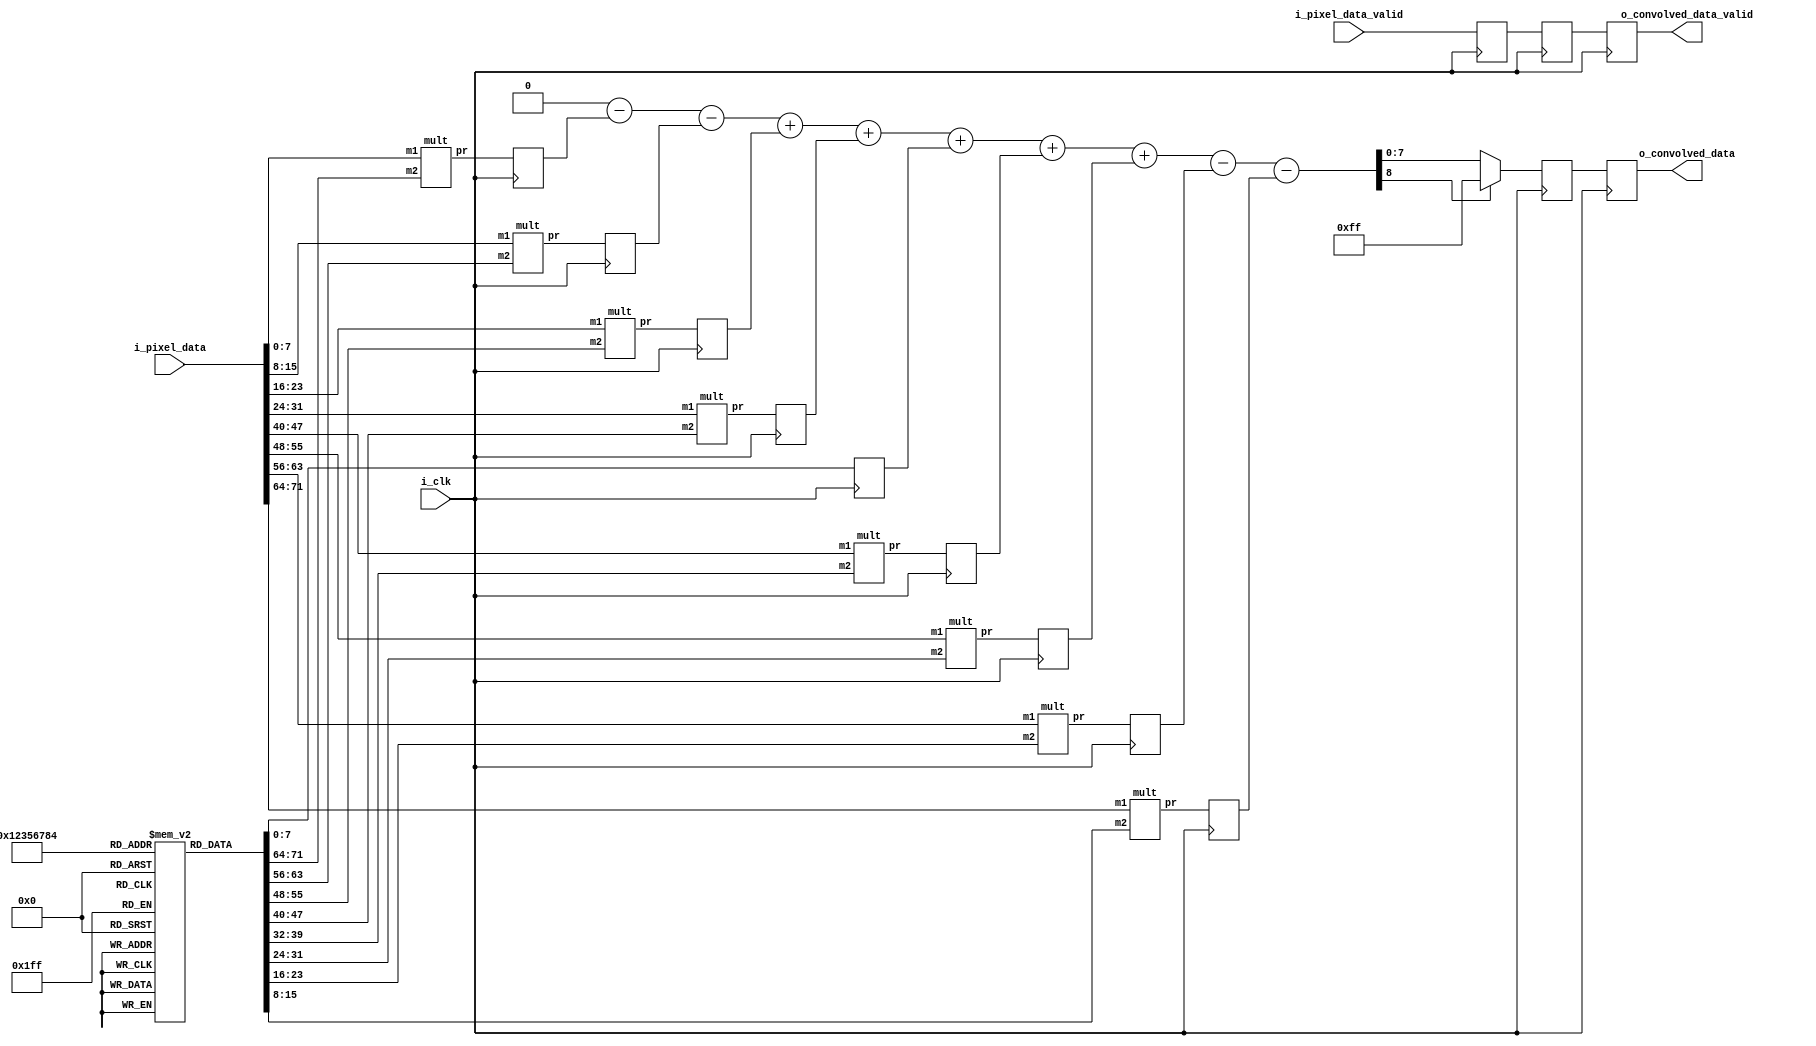
`timescale 1ns / 1ps
//////////////////////////////////////////////////////////////////////////////////
// Company: 
// Engineer: 
// 
// Design Name: 
// Module Name: conv
// Project Name: 
// Target Devices: 
// Tool Versions: 
// Description: 
// 
// Dependencies: 
// 
// Revision:
// Revision 0.01 - File Created
// Additional Comments:
// 
//////////////////////////////////////////////////////////////////////////////////


module conv(
input        i_clk,
input [71:0] i_pixel_data,
input        i_pixel_data_valid,
output reg [7:0] o_convolved_data,
output reg   o_convolved_data_valid
    );
    
integer i; 
reg [7:0] kernel [8:0];
reg [7:0] multData[8:0];
reg [8:0] sumDataInt;
reg [8:0] sumData;
reg multDataValid;
reg sumDataValid;
reg convolved_data_valid;
wire [7:0]p1,p2,p3,p4,p5,p6,p7,p8,p9;

initial
begin
    for(i=0;i<9;i=i+1)
    begin
       if (i==0)
       begin
        kernel[i] = 8'b11101000;
       end
       if (i==1)
       begin
        kernel[i] = 8'b00110100;
       end
       if (i==2)
       begin
        kernel[i] = 8'b10111010;
       end
       if (i==3)
       begin
        kernel[i] = 8'b01110001;
       end
       if (i==4)
       begin
        kernel[i] = 8'b00000000; //doesn't matter what value is stored because for all Gabor filter kernels, this is 1
       end
       if (i==5)
       begin
        kernel[i] = 8'b01110001;
       end
       if (i==6)
       begin
        kernel[i] = 8'b10111010;
       end
       if (i==7)
       begin
        kernel[i] = 8'b00110100;
       end
       if (i==8)
       begin
        kernel[i] = 8'b11101000;
       end
    end
end 


always @(posedge i_clk)
begin
    multData[4] <= kernel[4]; //instead of multipying with 1, the pixel value is directly stored
    multData[0] <= p1;
    multData[1] <= p2;
    multData[2] <= p3;
    multData[3] <= p4;
    multData[5] <= p6;
    multData[6] <= p7;
    multData[7] <= p8;
    multData[8] <= p9;
    multDataValid <= i_pixel_data_valid;
end

always @(*)
begin
    sumDataInt = 0;
    for(i=0;i<9;i=i+1)
    begin
    
       if(i==0 || i==1 || i==7 || i==8)
       begin
        sumDataInt = sumDataInt - multData[i];
       end
       else
       begin
       
        sumDataInt = sumDataInt + multData[i];
       end
    end
    if (sumDataInt[8]==1'b1)
    begin
      sumDataInt = 8'b11111111;
    end
end

always @(posedge i_clk)
begin
    sumData <= sumDataInt;
    sumDataValid <= multDataValid;
end
    
always @(posedge i_clk)
begin
    o_convolved_data <= sumData;
    o_convolved_data_valid <= sumDataValid;
end
mult obj1(.m1(i_pixel_data[0*8+:8]),.m2(kernel[0]),.pr(p1));
mult obj2(.m1(i_pixel_data[1*8+:8]),.m2(kernel[1]),.pr(p2));
mult obj3(.m1(i_pixel_data[2*8+:8]),.m2(kernel[2]),.pr(p3));
mult obj4(.m1(i_pixel_data[3*8+:8]),.m2(kernel[3]),.pr(p4));

mult obj6(.m1(i_pixel_data[5*8+:8]),.m2(kernel[5]),.pr(p6));
mult obj7(.m1(i_pixel_data[6*8+:8]),.m2(kernel[6]),.pr(p7));
mult obj8(.m1(i_pixel_data[7*8+:8]),.m2(kernel[7]),.pr(p8));
mult obj9(.m1(i_pixel_data[8*8+:8]),.m2(kernel[8]),.pr(p9));
    
endmodule
module mult(m1,m2,pr);

input [7:0] m1;
input [7:0] m2;
output [7:0]pr;
wire [15:0]p;    
wire [7:0]pp1,pp2,pp3,pp4,pp5,pp6,pp7,pp8,pp9;
wire s0,s1,s2,s3,s4,s5,s6,s7,s8,s9,s10,s11,s12,s13,s14,s15,s16,s17,s18,s19,s20,s21,s22,s23,s24,s25,s26,s27,s28,s29,s30,s31,s32,s33,s34,s35,s36,s37,s38,s39,s40,s41,s42;
wire p0,p1,p2,p3,p4,p5,p6,p7,p8,p9,p10,p11,p12,p13,p14,p15,p16,p17,p18,p19,p20,p21,p22,p23,p24,p25,p26,p27,p28,p29,p30,p31,p32,p33,p34,p35,p36,p37,p38,p39,p40,p41,p42;
wire g0,g1,g2,g3,g4,g5,g6,g7,g8,g9,g10,g11,g12,g13,g14,g15,g16,g17,g18,g19,g20,g21,g22,g23,g24,g25,g26,g27,g28,g29,g30,g31,g32,g33,g34,g35,g36,g37,g38,g39,g40,g41,g42;
wire c0,c1,c2,c3,c4,c5,c6,c7,c8,c9,c10,c11,c12,c13,c14,c15,c16,c17,c18,c19,c20,c21,c22,c23,c24,c25,c26,c27,c28,c29,c30,c31,c32,c33,c34,c35,c36,c37,c38,c39,c40,c41,c42,c43;
wire w0,w1,w2,w3,w4,w5,w6,w7,w8,w9,w10,w11,w12,w13;

assign pp1[0] = m1[0]&m2[0];
assign pp2[0] = m1[0]&m2[1];
assign pp3[0] = m1[0]&m2[2];
assign pp4[0] = m1[0]&m2[3];
assign pp5[0] = m1[0]&m2[4];
assign pp6[0] = m1[0]&m2[5];
assign pp7[0] = m1[0]&m2[6];
assign pp8[0] = m1[0]&m2[7];

assign pp1[1] = m1[1]&m2[0];
assign pp2[1] = m1[1]&m2[1];
assign pp3[1] = m1[1]&m2[2];
assign pp4[1] = m1[1]&m2[3];
assign pp5[1] = m1[1]&m2[4];
assign pp6[1] = m1[1]&m2[5];
assign pp7[1] = m1[1]&m2[6];
assign pp8[1] = m1[1]&m2[7];

assign pp1[2] = m1[2]&m2[0];
assign pp2[2] = m1[2]&m2[1];
assign pp3[2] = m1[2]&m2[2];
assign pp4[2] = m1[2]&m2[3];
assign pp5[2] = m1[2]&m2[4];
assign pp6[2] = m1[2]&m2[5];
assign pp7[2] = m1[2]&m2[6];
assign pp8[2] = m1[2]&m2[7];

assign pp1[3] = m1[3]&m2[0];
assign pp2[3] = m1[3]&m2[1];
assign pp3[3] = m1[3]&m2[2];
assign pp4[3] = m1[3]&m2[3];
assign pp5[3] = m1[3]&m2[4];
assign pp6[3] = m1[3]&m2[5];
assign pp7[3] = m1[3]&m2[6];
assign pp8[3] = m1[3]&m2[7];

assign pp1[4] = m1[4]&m2[0];
assign pp2[4] = m1[4]&m2[1];
assign pp3[4] = m1[4]&m2[2];
assign pp4[4] = m1[4]&m2[3];
assign pp5[4] = m1[4]&m2[4];
assign pp6[4] = m1[4]&m2[5];
assign pp7[4] = m1[4]&m2[6];
assign pp8[4] = m1[4]&m2[7];

assign pp1[5] = m1[5]&m2[0];
assign pp2[5] = m1[5]&m2[1];
assign pp3[5] = m1[5]&m2[2];
assign pp4[5] = m1[5]&m2[3];
assign pp5[5] = m1[5]&m2[4];
assign pp6[5] = m1[5]&m2[5];
assign pp7[5] = m1[5]&m2[6];
assign pp8[5] = m1[5]&m2[7];

assign pp1[6] = m1[6]&m2[0];
assign pp2[6] = m1[6]&m2[1];
assign pp3[6] = m1[6]&m2[2];
assign pp4[6] = m1[6]&m2[3];
assign pp5[6] = m1[6]&m2[4];
assign pp6[6] = m1[6]&m2[5];
assign pp7[6] = m1[6]&m2[6];
assign pp8[6] = m1[6]&m2[7];

assign pp1[7] = m1[7]&m2[0];
assign pp2[7] = m1[7]&m2[1];
assign pp3[7] = m1[7]&m2[2];
assign pp4[7] = m1[7]&m2[3];
assign pp5[7] = m1[7]&m2[4];
assign pp6[7] = m1[7]&m2[5];
assign pp7[7] = m1[7]&m2[6];
assign pp8[7] = m1[7]&m2[7];

assign p[0] = pp1[0];
half_adder h1(p[1],w1,pp1[1],pp2[0]);

//start of cla 1st row
assign p0 = pp1[2] ^ pp2[1];
assign g0 = pp1[2] & pp2[1];
assign s0 = p0 ^ w1;
assign c1 = g0|(p0&w1);

assign p1 = pp1[3] ^ pp2[2];
assign g1 = pp1[3] & pp2[2];
assign s1 = p1 ^ c1;
assign c2 = g1|(p1&c1);

assign p2 = pp1[4] ^ pp2[3];
assign g2 = pp1[4] & pp2[3];
assign s2 = p2 ^ c2;
assign c3 = g2|(p2&c2);

assign p3 = pp1[5] ^ pp2[4];
assign g3 = pp1[5] & pp2[4];
assign s3 = p3 ^ c3;
assign c4 = g3|(p3&c3);

assign p4 = pp1[6] ^ pp2[5];
assign g4 = pp1[6] & pp2[5];
assign s4 = p4 ^ c4;
assign c5 = g4|(p4&c4);

assign p5 = pp1[7] ^ pp2[6];
assign g5 = pp1[7] & pp2[6];
assign s5 = p5 ^ c5;
assign c6 = g5|(p5&c5);

assign p6 = pp2[7] ^ pp3[6];
assign g6 = pp2[7] & pp3[6];
assign s6 = p6 ^ c6;
assign c7 = g6|(p6&c6);

assign p7 = pp3[7] ^ pp4[6];
assign g7 = pp3[7] & pp4[6];
assign s7 = p7 ^ c7;
assign c8 = g7|(p7&c7);

assign p8 = pp4[7] ^ pp5[6];
assign g8 = pp4[7] & pp5[6];
assign s8 = p8 ^ c8;
assign c9 = g8|(p8&c8);

assign p9 = pp5[7] ^ pp6[6];
assign g9 = pp5[7] & pp6[6];
assign s9 = p9 ^ c9;
assign c10 = g9|(p9&c9);

assign p10 = pp6[7] ^ pp7[6];
assign g10 = pp6[7] & pp7[6];
assign s10 = p10 ^ c10;
assign c11 = g10|(p10&c10);

assign p11 = pp7[7] ^ pp8[6];
assign g11 = pp7[7] & pp8[6];
assign s11 = p11 ^ c11;
assign c12 = g11|(p11&c11);



//end of cla first row

half_adder h2(p[2],w2,s0,pp3[0]);

//start of cla second row
assign p13 = s1 ^ pp3[1];
assign g13 = s1 & pp3[1];
assign s13 = p13 ^ w2;
assign c14 = g13|(p13&w2);

assign p14 = s2 ^ pp3[2];
assign g14 = s2 & pp3[2];
assign s14 = p14 ^ c14;
assign c15 = g14|(p14&c14);

assign p15 = s3 ^ pp3[3];
assign g15 = s3 & pp3[3];
assign s15 = p15 ^ c15;
assign c16 = g15|(p15&c15);

assign p16 = s4 ^ pp3[4];
assign g16 = s4 & pp3[4];
assign s16 = p16 ^ c16;
assign c17 = g16|(p16&c16);

assign p17 = s5 ^ pp3[5];
assign g17 = s5 & pp3[5];
assign s17 = p17 ^ c17;
assign c18 = g17|(p17&c17);

assign p18 = s6 ^ pp4[5];
assign g18 = s6 & pp4[5];
assign s18 = p18 ^ c18;
assign c19 = g18|(p18&c18);

assign p19 = s7 ^ pp5[5];
assign g19 = s7 & pp5[5];
assign s19 = p19 ^ c19;
assign c20 = g19|(p19&c19);

assign p20 = s8 ^ pp6[5];
assign g20 = s8 & pp6[5];
assign s20 = p20 ^ c20;
assign c21 = g20|(p20&c20);

assign p21 = s9 ^ pp7[5];
assign g21 = s9 & pp7[5];
assign s21 = p21 ^ c21;
assign c22 = g21|(p21&c21);

assign p22 = s10 ^ pp8[5];
assign g22 = s10 & pp8[5];
assign s22 = p22 ^ c22;
assign c23 = g22|(p22&c22);
//end of cla second row

half_adder ha3(p[3],w3,pp4[0],s13);

//start of cla third row
assign p23 = s14 ^ pp4[1];
assign g23 = s14 & pp4[1];
assign s23 = p23 ^ w3;
assign c24 = g23|(p23&w3);

assign p24 = s15 ^ pp4[2];
assign g24 = s15 & pp4[2];
assign s24 = p24 ^ c24;
assign c25 = g24|(p24&c24);

assign p25 = s16 ^ pp4[3];
assign g25 = s16 & pp4[3];
assign s25 = p25 ^ c25;
assign c26 = g25|(p25&c25);

assign p26 = s17 ^ pp4[4];
assign g26 = s17 & pp4[4];
assign s26 = p26 ^ c26;
assign c27 = g26|(p26&c26);

assign p27 = s18 ^ pp5[4];
assign g27 = s18 & pp5[4];
assign s27 = p27 ^ c27;
assign c28 = g27|(p27&c27);

assign p28 = s19 ^ pp6[4];
assign g28 = s19 & pp6[4];
assign s28 = p28 ^ c28;
assign c29 = g28|(p28&c28);

assign p29 = s20 ^ pp7[4];
assign g29 = s20 & pp7[4];
assign s29 = p29 ^ c29;
assign c30 = g29|(p29&c29);

assign p30 = s21 ^ pp8[4];
assign g30 = s21 & pp8[4];
assign s30 = p30 ^ c30;
assign c31 = g30|(p30&c30);
//end of cla 3rd row

half_adder h4(p[4],w4,pp5[0],s23);

//start of cla 4th row
assign p31 = s24 ^ pp5[1];
assign g31 = s24 & pp5[1];
assign s31 = p31 ^ w4;
assign c32 = g31|(p31&w4);

assign p32 = s25 ^ pp5[2];
assign g32 = s25 & pp5[2];
assign s32 = p32 ^ c32;
assign c33 = g32|(p32&c32);

assign p33 = s26 ^ pp5[3];
assign g33 = s26 & pp5[3];
assign s33 = p33 ^ c33;
assign c34 = g33|(p33&c33);

assign p34 = s27 ^ pp6[3];
assign g34 = s27 & pp6[3];
assign s34 = p34 ^ c34;
assign c35 = g34|(p34&c34);

assign p35 = s28 ^ pp7[3];
assign g35 = s28 & pp7[3];
assign s35 = p35 ^ c35;
assign c36 = g35|(p35&c35);

assign p36 = s29 ^ pp8[3];
assign g36 = s29 & pp8[3];
assign s36 = p36 ^ c36;
assign c37 = g36|(p36&c36);
//end of cla 4th row

half_adder h5(p[5],w5,s31,pp6[0]);
//start of cla 5th row
assign p37 = s32 ^ pp6[1];
assign g37 = s32 & pp6[1];
assign s37 = p37 ^ w5;
assign c38 = g37|(p37&w5);

assign p38 = s33 ^ pp6[2];
assign g38 = s33 & pp6[2];
assign s38 = p38 ^ c38;
assign c39 = g38|(p38&c38);

assign p39 = s34 ^ pp7[2];
assign g39 = s34 & pp7[2];
assign s39 = p39 ^ c39;
assign c40 = g39|(p39&c39);

assign p40 = s35 ^ pp8[2];
assign g40 = s35 & pp8[2];
assign s40 = p40 ^ c40;
assign c41 = g40|(p40&c40);
//end of cla 5th row

half_adder h6(p[6],w6,pp7[0],s37);
//start of cla 6th row

assign p41 = s38 ^ pp7[1];
assign g41 = s38 & pp7[1];
assign s41 = p41 ^ w6;
assign c42 = g41|(p41&w6);

assign p42 = s39 ^ pp8[1];
assign g42 = s39 & pp8[1];
assign s42 = p42 ^ c42;
assign c43 = g42|(p42&c42);
//end of cla 6th row

half_adder h7(p[7],w7,s41,pp8[0]);
half_adder h8(p[8],w8,w7,s42);
full_adder f1(p[9],w9,w8,c43,s40);
full_adder f2(p[10],w10,w9,c41,s36);
full_adder f3(p[11],w11,w10,c37,s30);
full_adder f4(p[12],w12,w11,c31,s22);
full_adder f5(p[13],w13,w12,c23,s11);
full_adder f6(p[14],p[15],w13,c12,pp8[7]);

assign pr = p[15:8];


endmodule

module full_adder(sum,cout,a,b,cin);
	output sum,cout;
	input a,b,cin;
	assign sum = a ^ b ^ cin;
	assign cout = (a & b) | (cin&(a^b));
endmodule

module half_adder(sum,cout,a,b);
   output sum,cout;
	input a,b;
	assign sum = a^b;
	assign cout = a&b;
endmodule